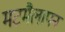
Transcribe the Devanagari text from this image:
मटमैलापन